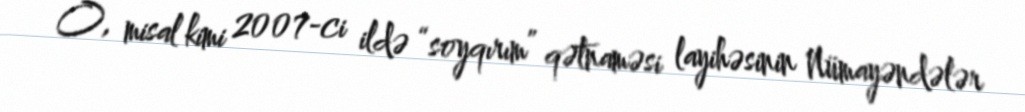
O, misal kimi 2007-ci ildə “soyqırım” qətnaməsi layihəsinin Nümayəndələr